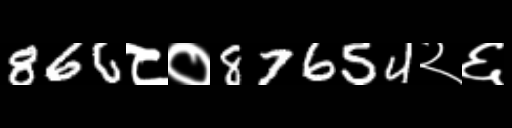
Text: 866८०87654२६